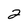
Character: 2